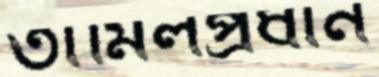
তামিলপ্রধান